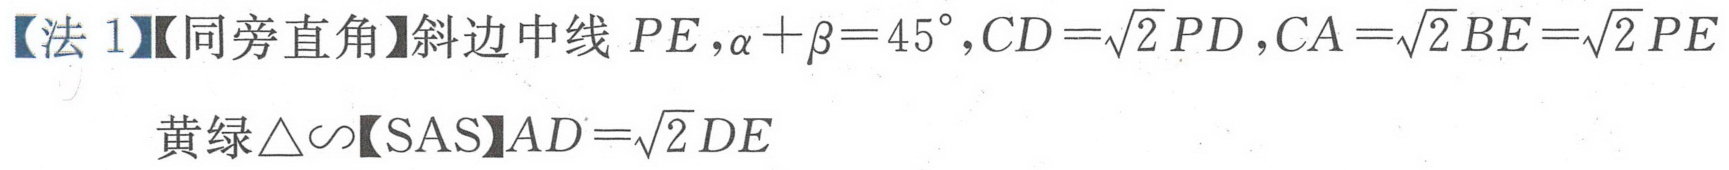
【法 1】【同旁直角】斜边中线 \(PE,\alpha+\beta = 45^{\circ},CD=\sqrt{2}PD,CA=\sqrt{2}BE=\sqrt{2}PE\)
黄绿\(\triangle\sim\)【SAS】\(AD = \sqrt{2}DE\)